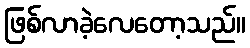
ဖြစ်လာခဲ့လေတော့သည်။